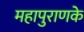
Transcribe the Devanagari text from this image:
महापुराणके